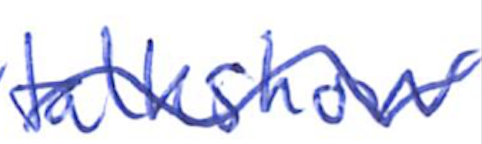
Text: talkshow
Cross-out: wave
Writing tool: ballpoint